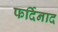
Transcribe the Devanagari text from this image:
फर्दिनाद